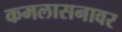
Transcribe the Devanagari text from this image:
कमलासनावर